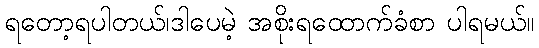
ရတော့ရပါတယ်၊ဒါပေမဲ့ အစိုးရထောက်ခံစာ ပါရမယ်။